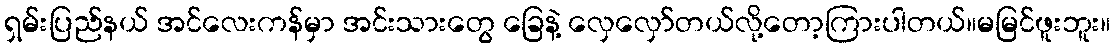
ရှမ်းပြည်နယ် အင်လေးကန်မှာ အင်းသားတွေ ခြေနဲ့ လှေလှော်တယ်လို့တော့ကြားပါတယ်။မမြင်ဖူးဘူး။